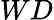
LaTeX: WD